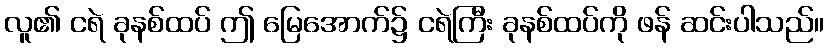
လူ၏ ငရဲ ခုနစ်ထပ် ဤ မြေအောက်၌ ငရဲကြီး ခုနစ်ထပ်ကို ဖန် ဆင်းပါသည်။